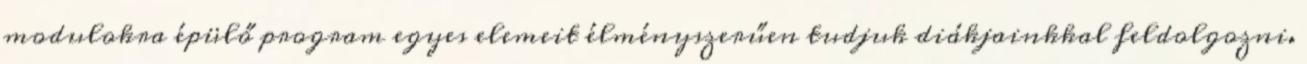
modulokra épülő program egyes elemeit élményszerűen tudjuk diákjainkkal feldolgozni.